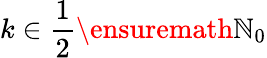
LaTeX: k\in\frac 12\ensuremath{\mathbb{N}}_{0}